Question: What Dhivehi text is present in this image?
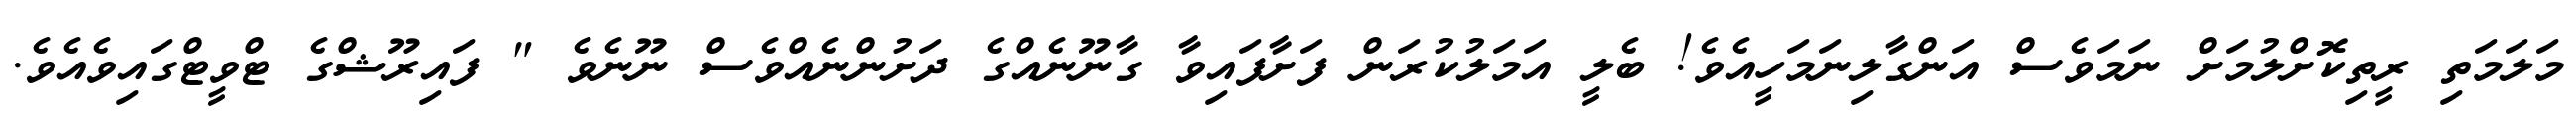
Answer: މަލަމަތި ރީތިކޮށްލުމަށް ނަމަވެސް އަންގާލިނަމަހީއެވެ! ބެލީ އަމަލުކުރަން ފަށާފައިވާ ގާނޫނެއްގެ ދަށުންނެއްވެސް ނޫނެވެ " ފައިރޫޝްގެ ޓްވީޓްގައިވެއެވެ.